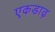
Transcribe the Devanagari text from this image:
एकडाढ़